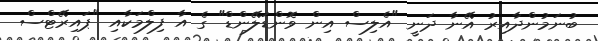
ބުނަމުންދާއިރު އޭނާ ދަނީ "އެލިސް އިން ވޮންޑަލޭންޑް" ގެ އާ ފިލްމަކާއި "ޕައިރޭޓްސް